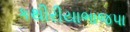
કથીરીયાભાજપા